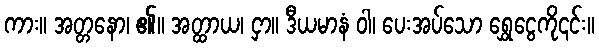
ကား။ အတ္တနော၊ ၏။ အတ္ထာယ၊ ငှာ။ ဒီယမာနံ ဝါ၊ ပေးအပ်သော ရွှေငွေကို၎င်း။